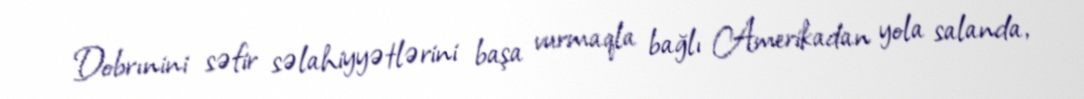
Dobrınini səfir səlahiyyətlərini başa vurmaqla bağlı Amerikadan yola salanda,